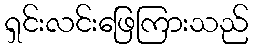
ရှင်းလင်းဖြေကြားသည်